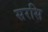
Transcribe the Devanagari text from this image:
सरसि